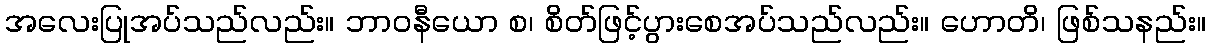
အလေးပြုအပ်သည်လည်း။ ဘာဝနီယော စ၊ စိတ်ဖြင့်ပွားစေအပ်သည်လည်း။ ဟောတိ၊ ဖြစ်သနည်း။